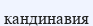
кандинавия